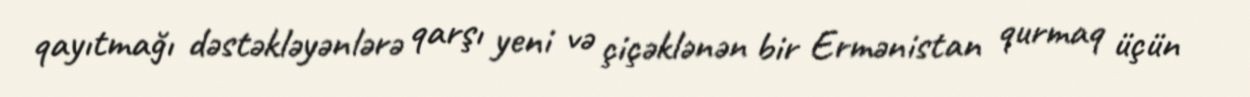
qayıtmağı dəstəkləyənlərə qarşı yeni və çiçəklənən bir Ermənistan qurmaq üçün